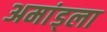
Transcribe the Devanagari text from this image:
अमांड्ला